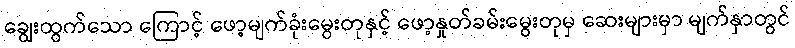
ချွေးထွက်သော ကြောင့် ဖော့မျက်ခုံးမွေးတုနှင့် ဖော့နှုတ်ခမ်းမွေးတုမှ ဆေးများမှာ မျက်နှာတွင်